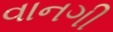
વાનગી